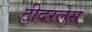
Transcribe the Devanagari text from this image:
टीदरलेस